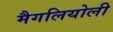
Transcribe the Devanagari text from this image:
मैगलियोली